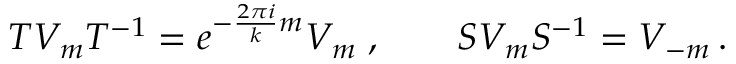
T V _ { m } T ^ { - 1 } = e ^ { - \frac { 2 \pi i } { k } m } V _ { m } \; , \qquad S V _ { m } S ^ { - 1 } = V _ { - m } \, .